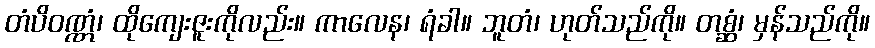
တံပိဝဏ္ဏံ၊ ထိုကျေးဇူးကိုလည်း။ ကာလေန၊ ရံခါ။ ဘူတံ၊ ဟုတ်သည်ကို။ တစ္ဆံ၊ မှန်သည်ကို။